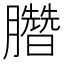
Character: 𣎯